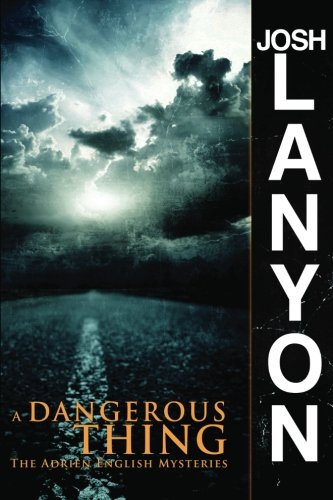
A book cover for A Dangerous Thing: The Adrien English Mysteries (Volume 2); Josh Lanyon; Romance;